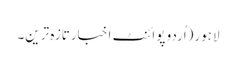
لاہور(اُردو پوائنٹ اخبارتازہ ترین۔